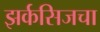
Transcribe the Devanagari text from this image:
झर्कसिजचा